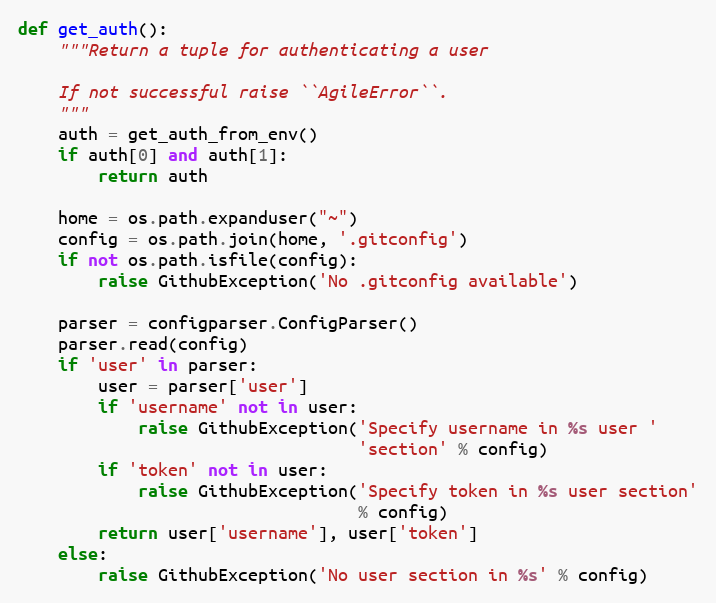
Language: Python
def get_auth():
    """Return a tuple for authenticating a user

    If not successful raise ``AgileError``.
    """
    auth = get_auth_from_env()
    if auth[0] and auth[1]:
        return auth

    home = os.path.expanduser("~")
    config = os.path.join(home, '.gitconfig')
    if not os.path.isfile(config):
        raise GithubException('No .gitconfig available')

    parser = configparser.ConfigParser()
    parser.read(config)
    if 'user' in parser:
        user = parser['user']
        if 'username' not in user:
            raise GithubException('Specify username in %s user '
                                  'section' % config)
        if 'token' not in user:
            raise GithubException('Specify token in %s user section'
                                  % config)
        return user['username'], user['token']
    else:
        raise GithubException('No user section in %s' % config)